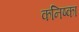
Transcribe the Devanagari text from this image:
कनिष्का